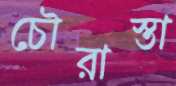
চৌরাস্তা